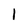
Character: l